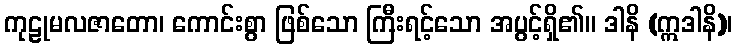
ကုဠုမလဇာတော၊ ကောင်းစွာ ဖြစ်သော ကြီးရင့်သော အပွင့်ရှိ၏။ ဒါနိ (ဣဒါနိ)၊